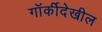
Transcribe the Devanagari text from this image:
गॉर्कीदेखील